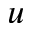
u